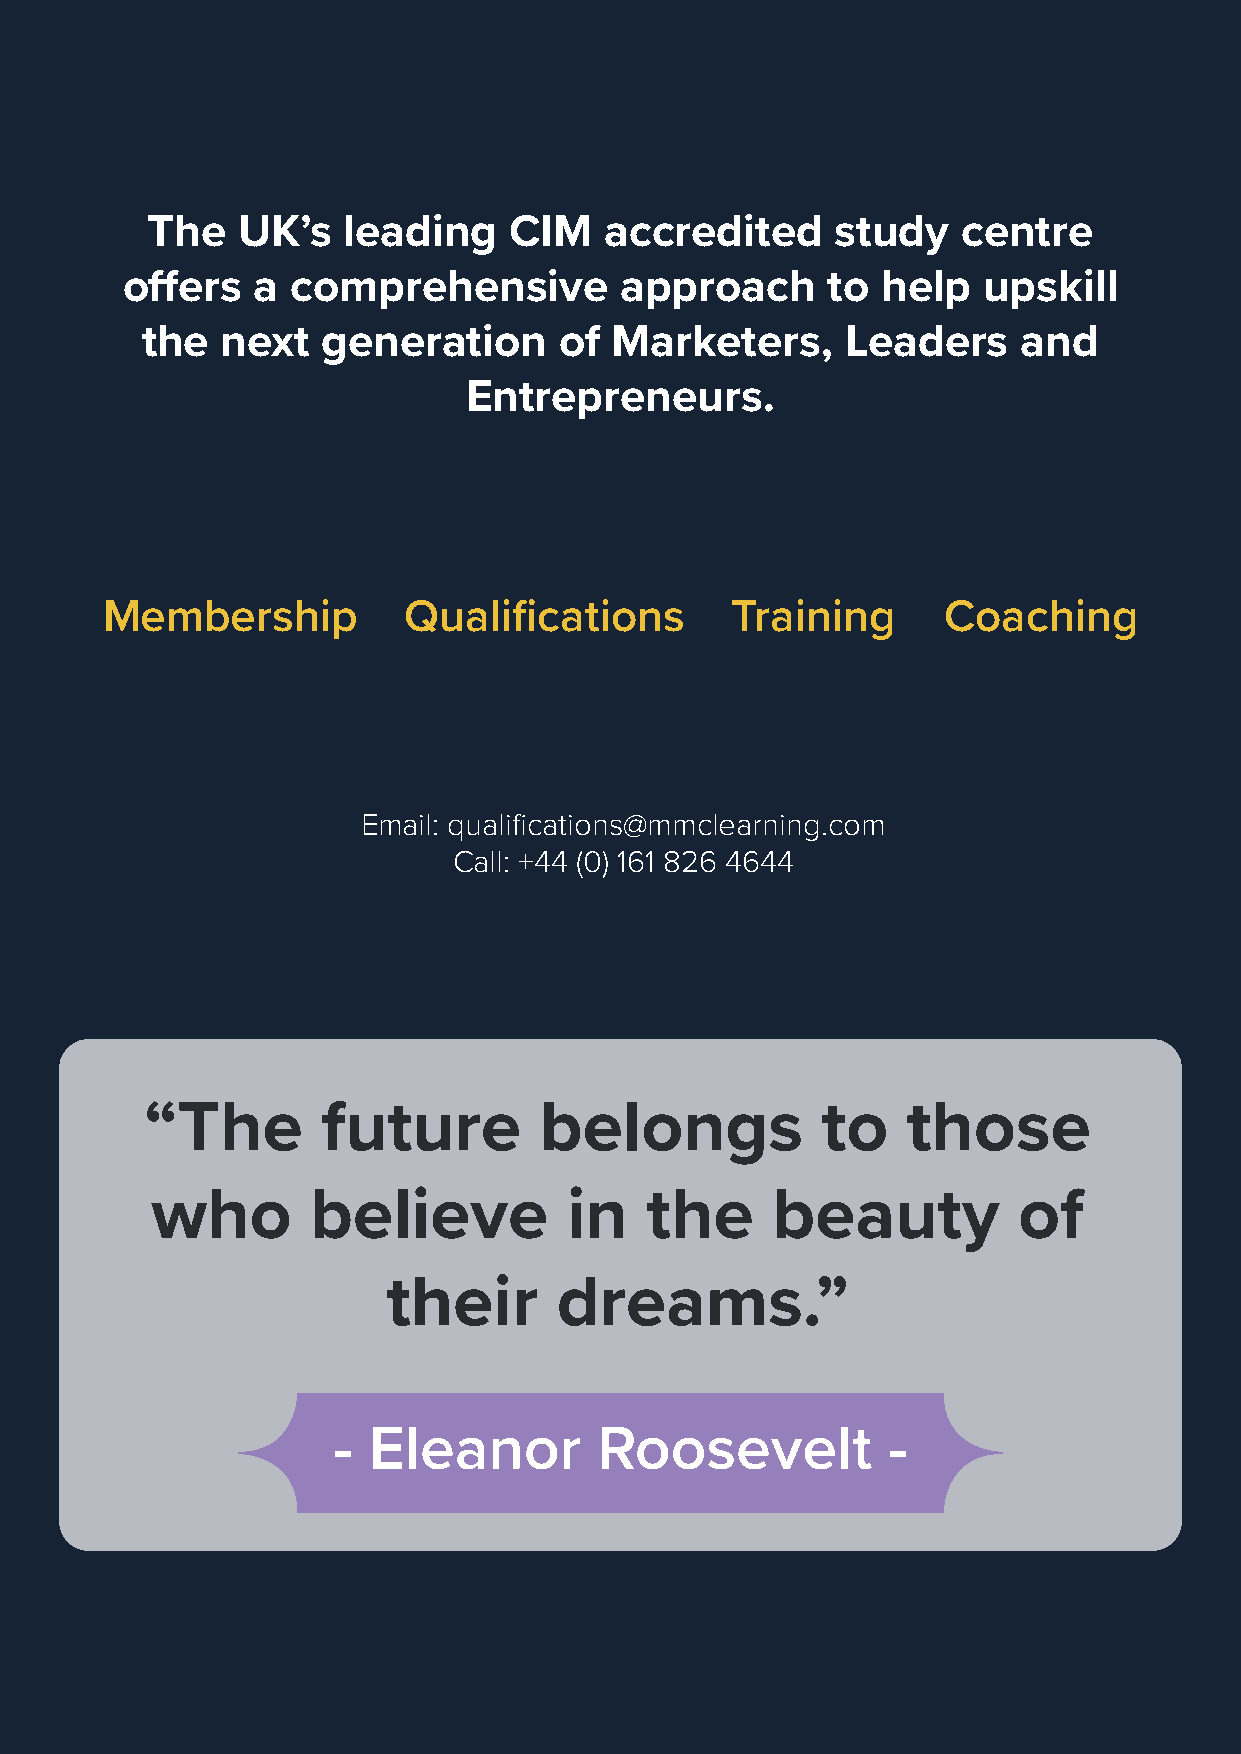
The   UK’s   leading    CIM   accredited     study    centre
 offers   a comprehensive         approach      to help   upskill
 the   next  generation      of  Marketers,     Leaders     and
 Entrepreneurs.
 Membership          Qualifications       Training      Coaching
 Email: qualifications@mmclearning.com
 Call: +44 (0) 161 826 4644
 “The       future         belongs           to    those
 who        believe          in   the     beauty          of
 their      dreams.”
 - Eleanor         Roosevelt          -